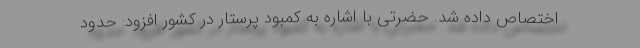
اختصاص داده شد. حضرتی با اشاره به کمبود پرستار در کشور افزود: حدود